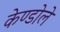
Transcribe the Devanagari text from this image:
केण्डोले